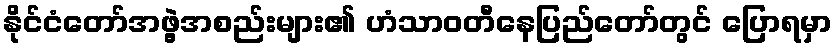
နိုင်ငံတော်အဖွဲ့အစည်းများ၏ ဟံသာဝတီနေပြည်တော်တွင် ပြောရမှာ